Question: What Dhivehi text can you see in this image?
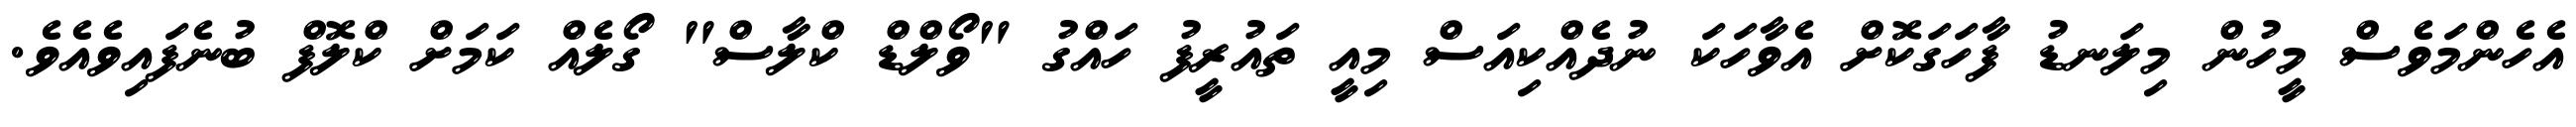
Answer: އެހެންމަވެސް މީހުން މިލަނޑު ފާހަގަކޮށް އެވާހަކަ ނުދެއްކިއަސް މިއީ ތައުރީފު ހައްގު "ވޯލްޑް ކްލާސް" ގޯލެއް ކަމަށް ކްލޮފް ބުނެފައިވެއެވެ.